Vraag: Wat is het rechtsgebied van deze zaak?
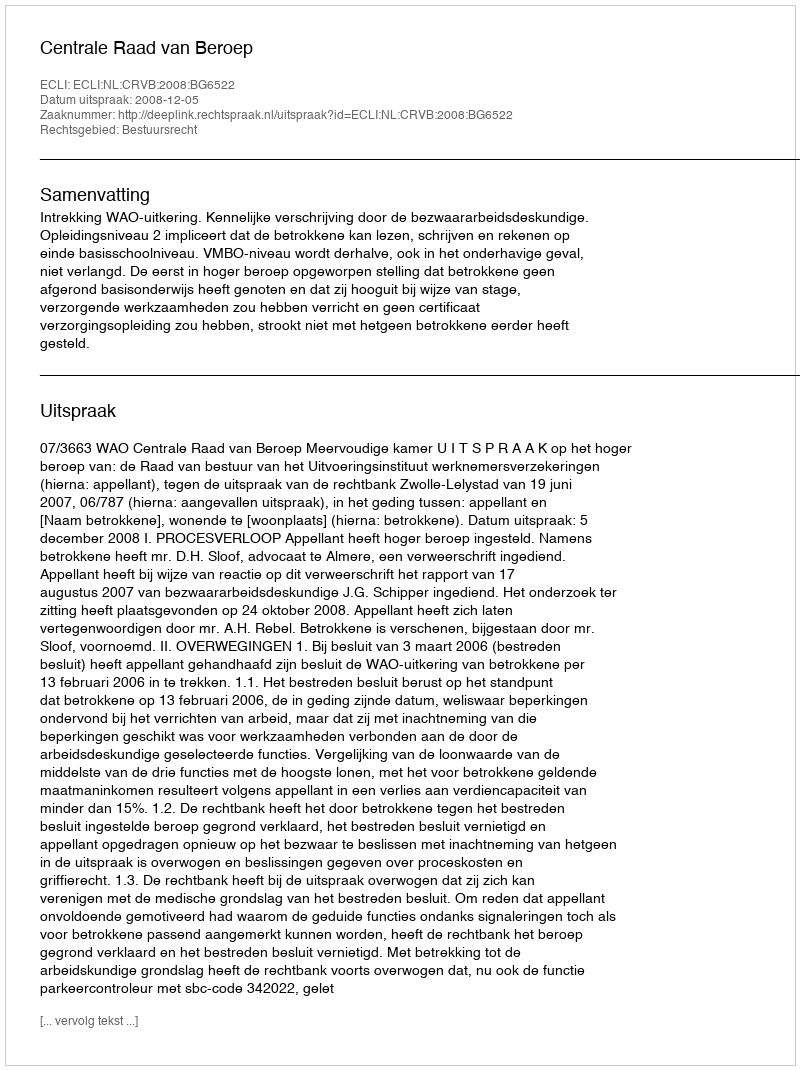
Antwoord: Bestuursrecht